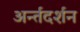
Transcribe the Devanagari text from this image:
अर्न्तदर्शन